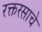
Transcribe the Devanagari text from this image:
रक्तरसाचे